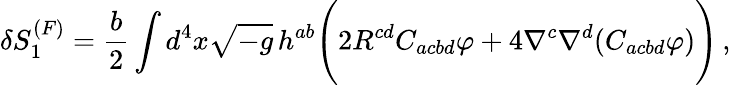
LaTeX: \delta S_{1}^{(F)}=\frac{b}{2}\int d^{4}x\sqrt{-g}\, h^{ab}\Biggl(2R^{cd}C_{acbd}\varphi+4\nabla^{c}\nabla^{d}(C_{acbd}\varphi)\Biggr)\, ,